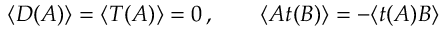
\langle D ( A ) \rangle = \langle T ( A ) \rangle = 0 \, , \qquad \langle A t ( B ) \rangle = - \langle t ( A ) B \rangle